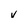
Character: v